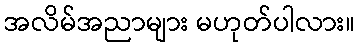
အလိမ်အညာများ မဟုတ်ပါလား။